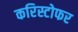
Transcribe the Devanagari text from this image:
करिस्टोफर